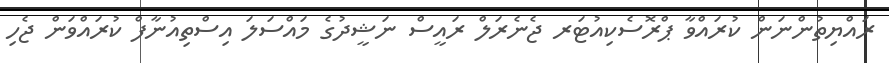
ރައްޔިތުންނަން ކުރައްވާ ޕްރޮސެކިއުޓަރ ޖެނެރަލް ރައީސް ނަޝީދުގެ މައްސަލަ އިސްތިއުނާފް ކުރައްވަން ޖެހި